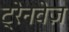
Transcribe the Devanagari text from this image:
ट्रेनवेज़